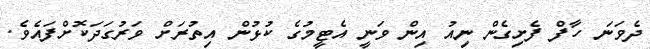
ދެވަނަ ހާފް ފެށިގެން ނިއު އިން ވަނީ އެޓީމުގެ ކުޅުން އިތުރަށް ވަރުގަދަކޮށްފައެވެ.